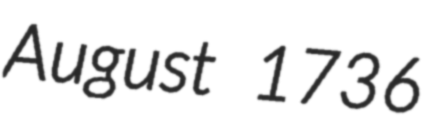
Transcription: August 1736